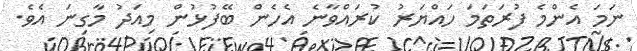
ނަމަ އެންމެ ފުރަތަމަ ހައްޔަރު ކުރައްވާނެ އެހެން ބޭފުޅުން މިއަދު މާގިނަ އެވެ.